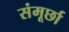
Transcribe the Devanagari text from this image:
संमूर्छा